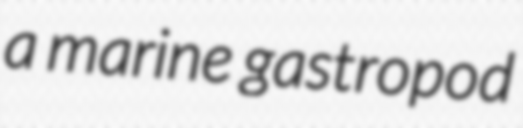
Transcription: a marine gastropod